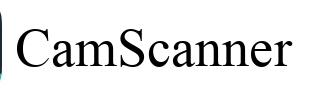
CamScanner